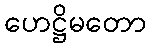
ဟေဋ္ဌိမတော